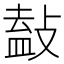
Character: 𢾩